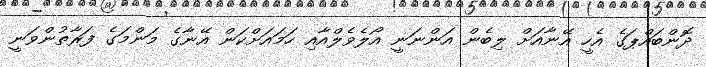
ދޮންބައްޕަގެ އެހީ އޭނާއަށް ލިބެން އަންނަނީ އޯލެވެލްއާއި ހަމައަށްކަން އޭނާގެ މަންމަގެ ފަރާތުންވަނީ